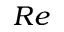
R e